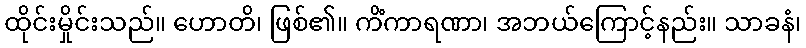
ထိုင်းမှိုင်းသည်။ ဟောတိ၊ ဖြစ်၏။ ကိံကာရဏာ၊ အဘယ်ကြောင့်နည်း။ သာခနံ၊